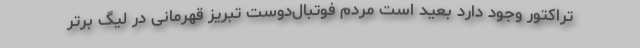
تراکتور وجود دارد بعید است مردم فوتبال‌دوست تبریز قهرمانی در لیگ برتر